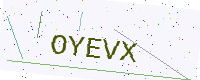
Text: OYEVX